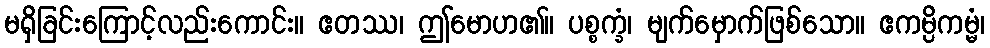
မရှိခြင်းကြောင့်လည်းကောင်း။ ဧတဿ၊ ဤမောဟ၏။ ပစ္စက္ခံ၊ မျက်မှောက်ဖြစ်သော။ ဧကမ္ပိကမ္မံ၊